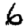
Digit: 6